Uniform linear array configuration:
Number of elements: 48
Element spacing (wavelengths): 0.25
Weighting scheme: blackman
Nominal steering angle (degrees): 60
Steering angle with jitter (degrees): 59.511
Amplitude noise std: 0.05
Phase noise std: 0.05

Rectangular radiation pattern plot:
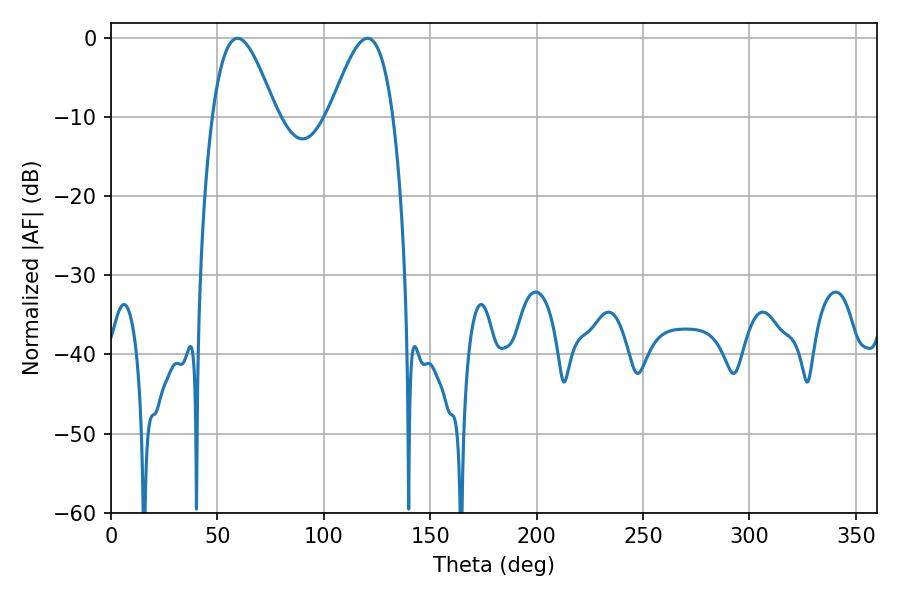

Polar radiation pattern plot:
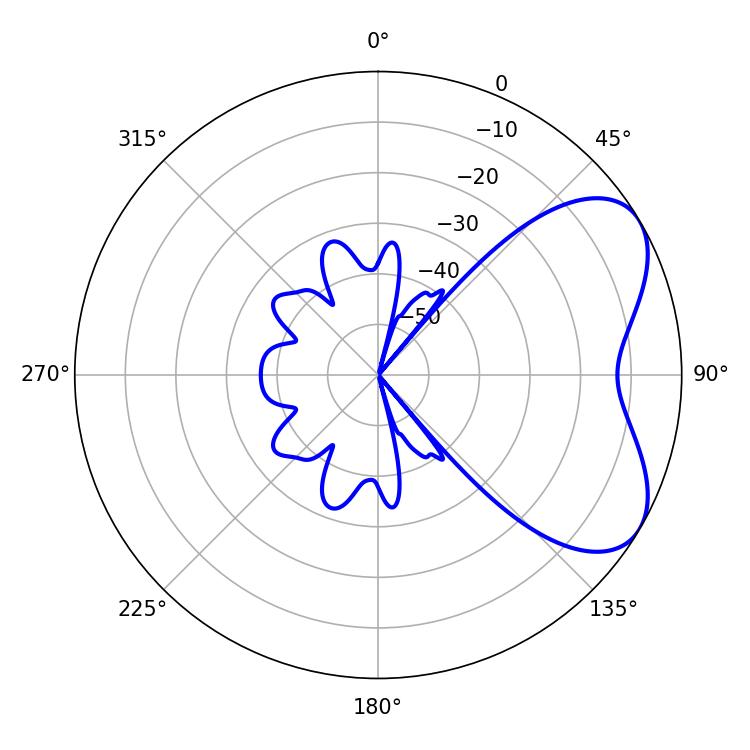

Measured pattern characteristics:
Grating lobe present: FALSE
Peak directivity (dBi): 5.579
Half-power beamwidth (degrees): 16.2
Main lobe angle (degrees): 59.4